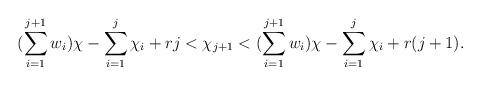
LaTeX: \begin{align*} (\sum\limits_{i=1}^{j+1}w_i)\chi - \sum\limits_{i=1}^{j}\chi_i + rj < \chi_{j+1} < (\sum\limits_{i=1}^{j+1}w_i)\chi - \sum\limits_{i=1}^{j}\chi_i + r(j+1). \end{align*}